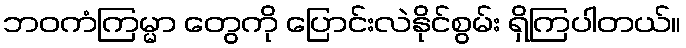
ဘဝကံကြမ္မာ တွေကို ပြောင်းလဲနိုင်စွမ်း ရှိကြပါတယ်။